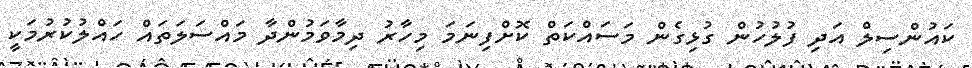
ކައުންސިލް އަދި ފުލުހުން ގުޅިގެން މަސައްކަތް ކޮށްފިނަމަ މިހާރު ދިމާވަމުންދާ މައްސަލަތައް ހައްލުކުރުމަކީ